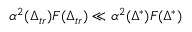
\alpha ^ { 2 } ( \Delta _ { t r } ) F ( \Delta _ { t r } ) \ll \alpha ^ { 2 } ( \Delta ^ { * } ) F ( \Delta ^ { * } )